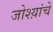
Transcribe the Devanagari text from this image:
जोश्य़ांचे